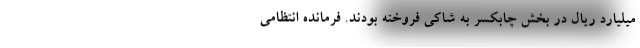
میلیارد ریال در بخش چابکسر به شاکی فروخته‌ بودند. فرمانده انتظامی